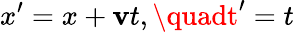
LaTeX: x^{\prime}=x+\mathbf{v}t,\quadt^{\prime}=t